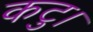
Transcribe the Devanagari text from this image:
कटु।